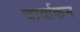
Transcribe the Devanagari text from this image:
चार्वाकन